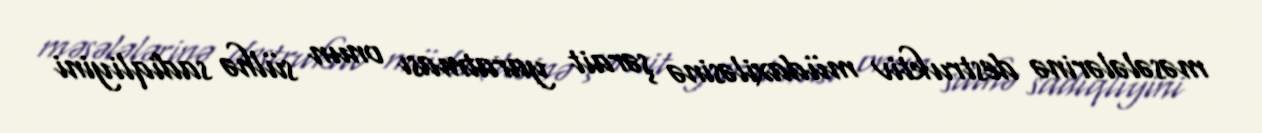
məsələlərinə destruktiv müdaxiləsinə şərait yaratması onun sülhə sadiqliyini